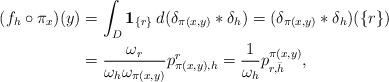
LaTeX: \begin{align*}(f_h\circ \pi_x)(y)&=\int_D {\bf 1}_{\{r\}} \> d(\delta_{\pi(x,y)}*\delta_h)= (\delta_{\pi(x,y)}*\delta_h)(\{r\})\\&= \frac{\omega_r}{\omega_h \omega_{\pi(x,y)}} p_{\pi(x,y),h}^r=\frac{1}{\omega_h} p_{r,\bar h}^{\pi(x,y)}, \end{align*}